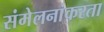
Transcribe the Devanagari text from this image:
संमेलनांकरता